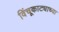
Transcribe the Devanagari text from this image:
विंचूकाट्याच्या